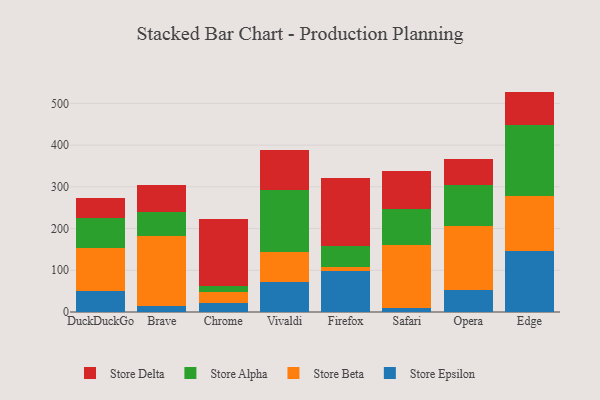
{"axis": {"x": "Browser", "y": "LTV (USD)"}, "legend": ["Store Alpha", "Store Beta", "Store Delta", "Store Epsilon"], "data": [{"x": "DuckDuckGo", "y": 51.0, "type": "Store Epsilon"}, {"x": "DuckDuckGo", "y": 101.5, "type": "Store Beta"}, {"x": "DuckDuckGo", "y": 72.8, "type": "Store Alpha"}, {"x": "DuckDuckGo", "y": 47.1, "type": "Store Delta"}, {"x": "Brave", "y": 15.1, "type": "Store Epsilon"}, {"x": "Brave", "y": 166.0, "type": "Store Beta"}, {"x": "Brave", "y": 57.9, "type": "Store Alpha"}, {"x": "Brave", "y": 66.5, "type": "Store Delta"}, {"x": "Chrome", "y": 20.8, "type": "Store Epsilon"}, {"x": "Chrome", "y": 27.9, "type": "Store Beta"}, {"x": "Chrome", "y": 14.5, "type": "Store Alpha"}, {"x": "Chrome", "y": 160.4, "type": "Store Delta"}, {"x": "Vivaldi", "y": 72.6, "type": "Store Epsilon"}, {"x": "Vivaldi", "y": 71.8, "type": "Store Beta"}, {"x": "Vivaldi", "y": 147.0, "type": "Store Alpha"}, {"x": "Vivaldi", "y": 97.2, "type": "Store Delta"}, {"x": "Firefox", "y": 99.2, "type": "Store Epsilon"}, {"x": "Firefox", "y": 9.0, "type": "Store Beta"}, {"x": "Firefox", "y": 51.2, "type": "Store Alpha"}, {"x": "Firefox", "y": 160.9, "type": "Store Delta"}, {"x": "Safari", "y": 8.7, "type": "Store Epsilon"}, {"x": "Safari", "y": 151.0, "type": "Store Beta"}, {"x": "Safari", "y": 88.3, "type": "Store Alpha"}, {"x": "Safari", "y": 91.1, "type": "Store Delta"}, {"x": "Opera", "y": 53.4, "type": "Store Epsilon"}, {"x": "Opera", "y": 152.5, "type": "Store Beta"}, {"x": "Opera", "y": 98.8, "type": "Store Alpha"}, {"x": "Opera", "y": 61.9, "type": "Store Delta"}, {"x": "Edge", "y": 146.5, "type": "Store Epsilon"}, {"x": "Edge", "y": 132.0, "type": "Store Beta"}, {"x": "Edge", "y": 170.5, "type": "Store Alpha"}, {"x": "Edge", "y": 79.3, "type": "Store Delta"}]}